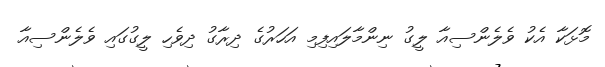
މޮޅަކާ އެކު ވެލެންސިއާ ލީގު ނިންމާލައިފިމި އަހަރުގެ ދިރާގު ދިވެހި ލީގުގައި ވެލެންސިއާ